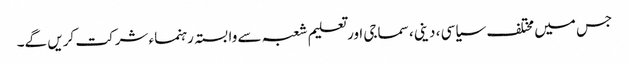
جس میں مختلف سیاسی ، دینی، سماجی اور تعلیم شعبہ سے وابستہ رہنماء شرکت کریں گے۔